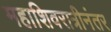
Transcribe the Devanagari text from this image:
महाशिवरात्रीनंतर